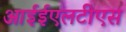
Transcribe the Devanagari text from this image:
आईईएलटीएस